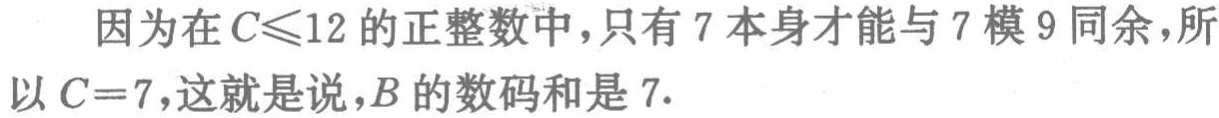
因为在\(C\leqslant12\)的正整数中，只有\(7\)本身才能与\(7\)模\(9\)同余，所以\(C = 7\)，这就是说，\(B\)的数码和是\(7\).